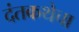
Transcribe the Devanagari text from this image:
दंतकथेचा